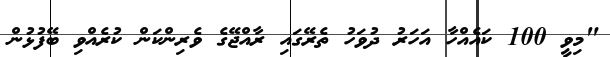
"މިވީ 100 ކައެއްހާ އަހަރު ދުވަހު ތެރޭގައި ރާއްޖޭގެ ވެރިންކަން ކުރެއްވި ބޭފުޅުން